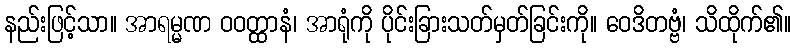
နည်းဖြင့်သာ။ အာရမ္မဏ ဝဝတ္ထာနံ၊ အာရုံကို ပိုင်းခြားသတ်မှတ်ခြင်းကို။ ဝေဒိတဗ္ဗံ၊ သိထိုက်၏။